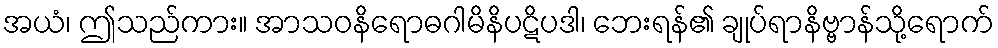
အယံ၊ ဤသည်ကား။ အာသဝနိရောဓဂါမိနိပဋိပဒါ၊ ဘေးရန်၏ ချုပ်ရာနိဗ္ဗာန်သို့ရောက်